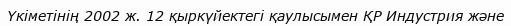
Үкіметінің 2002 ж. 12 қыркүйектегі қаулысымен ҚР Индустрия және